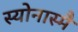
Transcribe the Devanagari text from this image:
स्योनास्मै